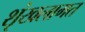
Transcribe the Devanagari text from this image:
शृंखलागत